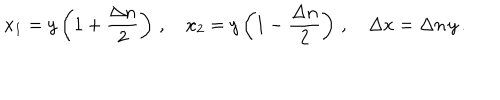
LaTeX: x _ { 1 } = y \left( 1 + \frac { \Delta n } { 2 } \right) \, , \quad x _ { 2 } = y \left( 1 - \frac { \Delta n } { 2 } \right) \, , \quad \Delta x = \Delta n \, y \, .